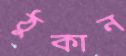
ঠুকান